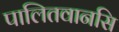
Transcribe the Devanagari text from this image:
पालितवानसि